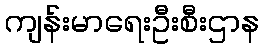
ကျန်းမာရေးဦးစီးဌာန